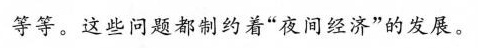
等等。这些问题都制约着”夜间经济”的发展。